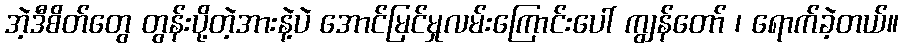
အဲ့ဒီစိတ်တွေ တွန်းပို့တဲ့အားနဲ့ပဲ အောင်မြင်မှုလမ်းကြောင်းပေါ် ကျွန်တော် ၊ ရောက်ခဲ့တယ်။